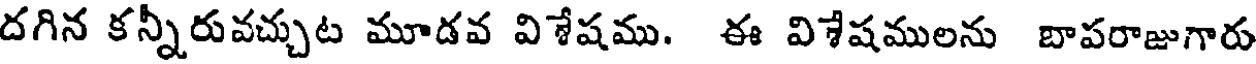
దగిన కన్నీరువచ్చుట మూడవ విశేషము. ఈ విశేషములను బాపరాజుగారు